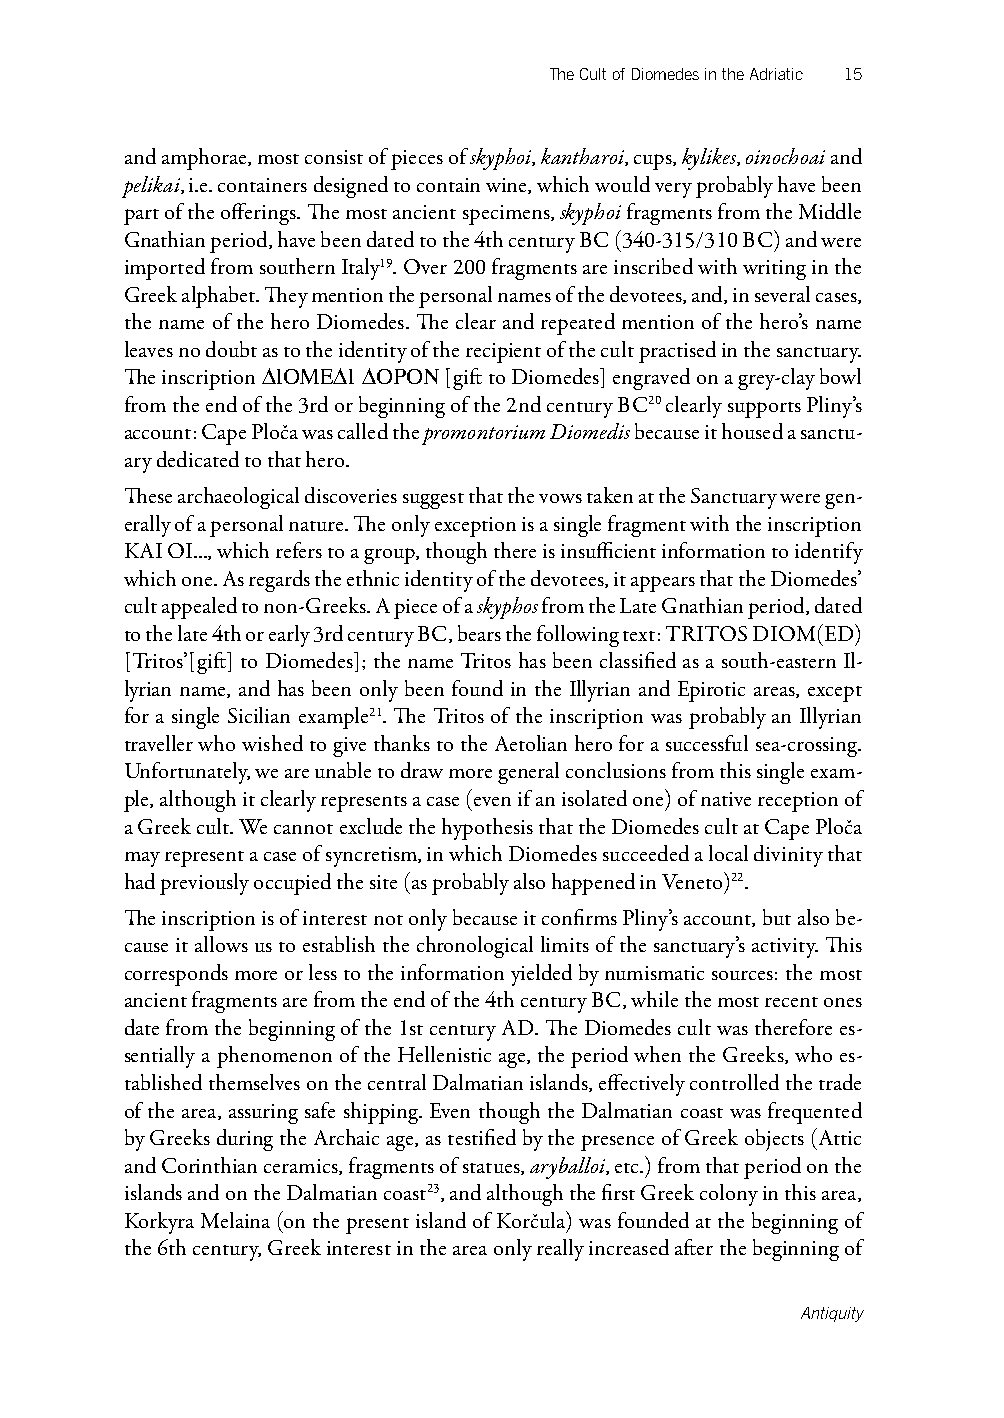
The Cult of Diomedes in the Adriatic 15
 and amphorae, most consist of pieces of skyphoi, kantharoi, cups, kylikes, oinochoai and
 pelikai, i.e. containers designed to contain wine, which would very probably have been
 part of the offerings. The most ancient specimens, skyphoi fragments from the Middle
 Gnathian period, have been dated to the 4th century BC (340-315/310 BC) and were
 imported from southern Italy19. Over 200 fragments are inscribed with writing in the
 Greek alphabet. They mention the personal names of the devotees, and, in several cases,
 the name of the hero Diomedes. The clear and repeated mention of the hero’s name
 leaves no doubt as to the identity of the recipient of the cult practised in the sanctuary.
 The inscription DIOMEDI DORON [gift to Diomedes] engraved on a grey-clay bowl
 from the end of the 3rd or beginning of the 2nd century BC20 clearly supports Pliny’s
 account: Cape Ploča was called the promontorium Diomedis because it housed a sanctu-
 ary dedicated to that hero.
 These archaeological discoveries suggest that the vows taken at the Sanctuary were gen-
 erally of a personal nature. The only exception is a single fragment with the inscription
 KAI OI..., which refers to a group, though there is insufficient information to identify
 which one. As regards the ethnic identity of the devotees, it appears that the Diomedes’
 cult appealed to non-Greeks. A piece of a skyphos from the Late Gnathian period, dated
 to the late 4th or early 3rd century BC, bears the following text: TRITOS DIOM(ED)
 [Tritos’[gift] to Diomedes]; the name Tritos has been classified as a south-eastern Il-
 lyrian name, and has been only been found in the Illyrian and Epirotic areas, except
 for a single Sicilian example21. The Tritos of the inscription was probably an Illyrian
 traveller who wished to give thanks to the Aetolian hero for a successful sea-crossing.
 Unfortunately, we are unable to draw more general conclusions from this single exam-
 ple, although it clearly represents a case (even if an isolated one) of native reception of
 a Greek cult. We cannot exclude the hypothesis that the Diomedes cult at Cape Ploča
 may represent a case of syncretism, in which Diomedes succeeded a local divinity that
 had previously occupied the site (as probably also happened in Veneto)22.
 The inscription is of interest not only because it confirms Pliny’s account, but also be-
 cause it allows us to establish the chronological limits of the sanctuary’s activity. This
 corresponds more or less to the information yielded by numismatic sources: the most
 ancient fragments are from the end of the 4th century BC, while the most recent ones
 date from the beginning of the 1st century AD. The Diomedes cult was therefore es-
 sentially a phenomenon of the Hellenistic age, the period when the Greeks, who es-
 tablished themselves on the central Dalmatian islands, effectively controlled the trade
 of the area, assuring safe shipping. Even though the Dalmatian coast was frequented
 by Greeks during the Archaic age, as testified by the presence of Greek objects (Attic
 and Corinthian ceramics, fragments of statues, aryballoi, etc.) from that period on the
 islands and on the Dalmatian coast23, and although the first Greek colony in this area,
 Korkyra Melaina (on the present island of Korčula) was founded at the beginning of
 the 6th century, Greek interest in the area only really increased after the beginning of
 Antiquity